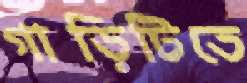
গাড়িটিতে